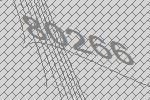
80266